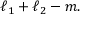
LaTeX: \ell _ { 1 } + \ell _ { 2 } - m .